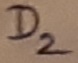
Text: D2